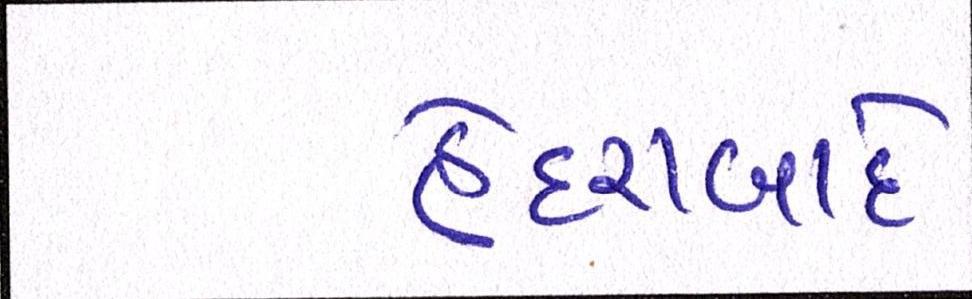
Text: હૈદરાબાદે